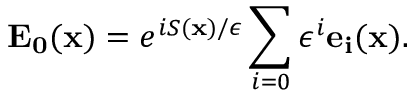
\mathbf { E _ { 0 } } ( \mathbf { x } ) = e ^ { i S ( \mathbf { x } ) / \epsilon } \sum _ { i = 0 } \epsilon ^ { i } \mathbf { e _ { i } } ( \mathbf { x } ) .